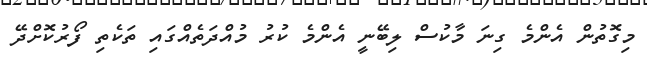
މިގޮތުން އެންމެ ގިނަ މާކުސް ލިބޭނީ އެންމެ ކުރު މުއްދަތެއްގައި ތަކެތި ފޯރުކޮށްދޭ